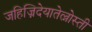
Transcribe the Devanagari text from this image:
जहिज्निदेयातेल्नोस्ती